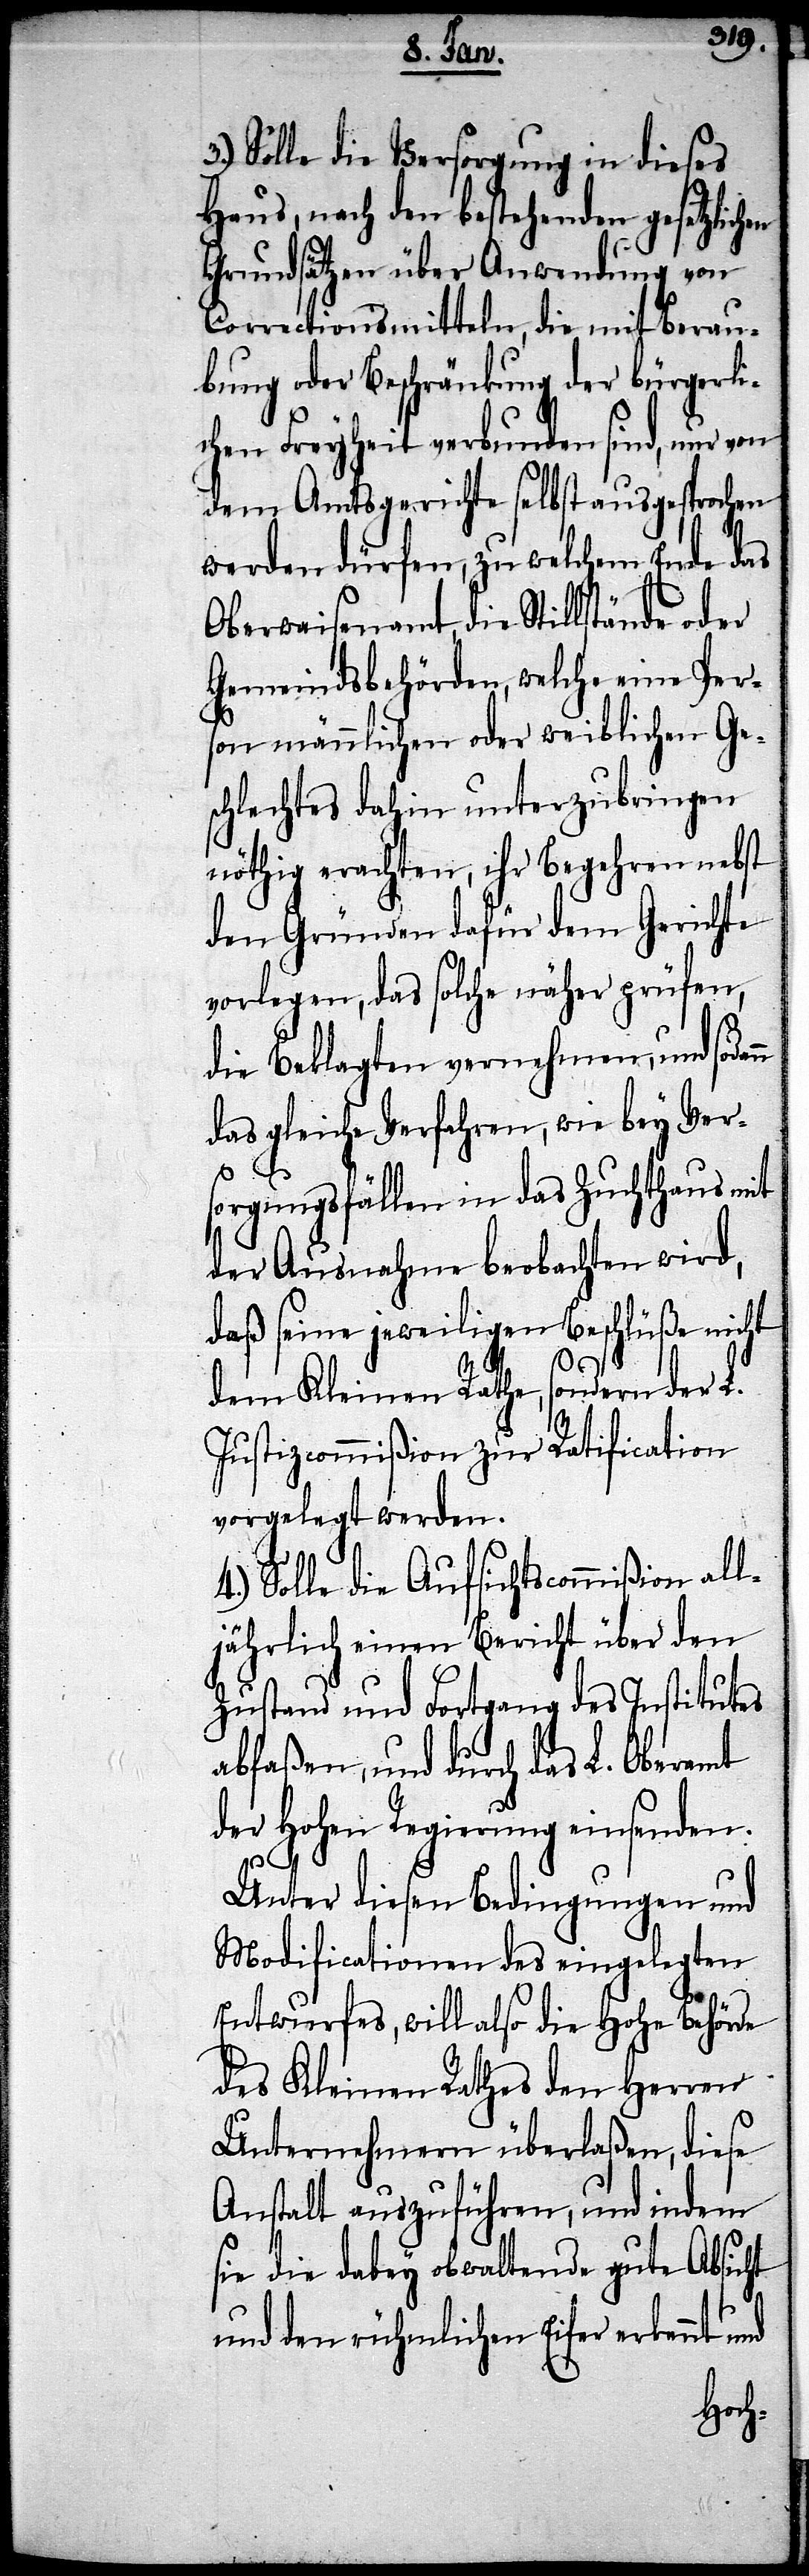
nn
3.) Solle die Versorgung in dieses
Haus, nach den bestehenden gesetzlichen
Grundsätzen über Anwendung von
Correctionsmitteln, die mit Berau¬
bung oder Beschränkung der bürgerli¬
chen Freyheit verbunden sind, nur von
dem Amtsgerichte selbst ausgesprochen
werden dürfen, zu welchem Ende das
Oberwaisenamt, die Stillstände oder
Gemeindsbehörden, welche eine Pers¬
on männlichen oder weiblichen Ge¬
schlechtes dahin unterzubringen
nöthig erachten, ihr Begehren nebst
den Gründen dafür dem Gerichte
vorlegen, das solche näher prüfen,
die Beklagten vornehme, und soda¬
das gleiche Verfahren, wie bey Ver¬
sorgungsfällen in das Zuchthaus mit
der Ausnahme beobachten wird,
daß seine jeweiligen Beschlüße nicht
dem Kleinen Rathe, sondern der L.
Justizcommißion zur Ratification
vorgelegt werden.
4.) Solle die Aufsichtscommißion all¬
jährlich einen Bericht über den
Zustand und Fortgang des Institutes
abfaßen, und durch das L. Oberamt
der Hohen Regierung einsenden.
Unter diesen Bedingungen und
Modificationen des eingelegten
Entwurfes, will also die Hohe Behörde
des Kleinen Rathes den Herren
Unternehmern überlaßen, diese
Anstalt auszuführen, und indem
sie die dabey obwaltende gute Absicht
und den rühmlichen Eifer erkennt